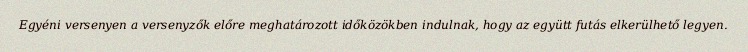
Egyéni versenyen a versenyzők előre meghatározott időközökben indulnak, hogy az együtt futás elkerülhető legyen.